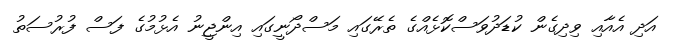
އަދި އެއާއި ވިދިގެން ކުޑަދުވަސްކޮޅެއްގެ ތެރޭގައި މަސްދޯނީގައި އިންޖީނު އެޅުމުގެ ފަސް ފުރުސަތު